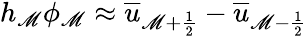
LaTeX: h_{\mathscr{M}}\phi_{\mathscr{M}}\approx\overline{{{u}}}_{\mathscr{M}+\frac{{1}}{{2}}}-\overline{{{u}}}_{\mathscr{M}-\frac{{1}}{{2}}}